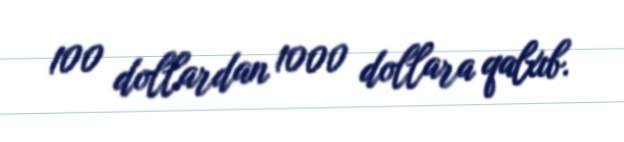
100 dollardan 1000 dollara qalxıb.